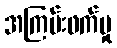
အကြမ်းဖက်မှု